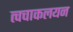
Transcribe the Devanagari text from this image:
त्वचाकलयन